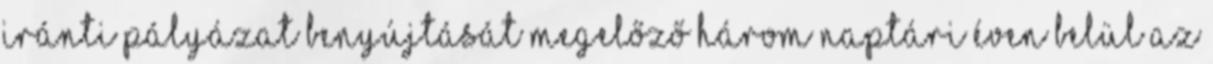
iránti pályázat benyújtását megelőző három naptári éven belül az